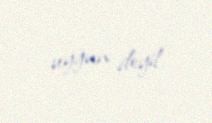
uyğun deyil.